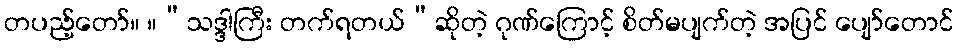
တပည့်တော်။ ။“သဒ္ဒါကြီး တက်ရတယ်”ဆိုတဲ့ ဂုဏ်ကြောင့် စိတ်မပျက်တဲ့ အပြင် ပျော်တောင်